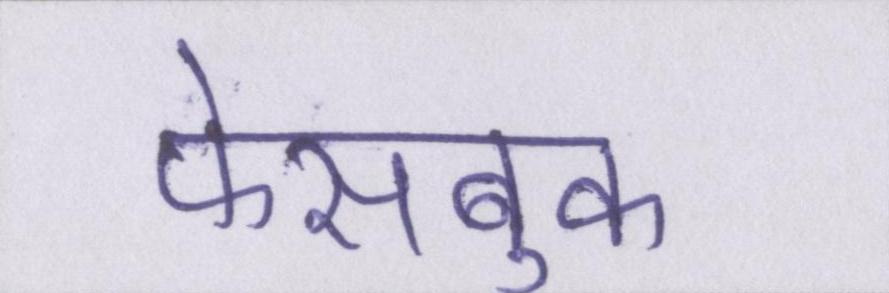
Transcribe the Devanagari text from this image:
फेसबुक